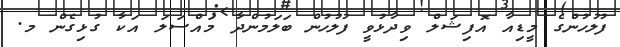
ފުލުހުންގެ މީޑިއާ އޮފިޝަލް ވިދާޅުވީ ފުލުހުން ބަލަމުންދާ މައްސަލަ އަކާ ގުޅިގެން މ.